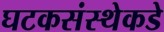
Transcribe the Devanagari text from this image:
घटकसंस्थेकडे